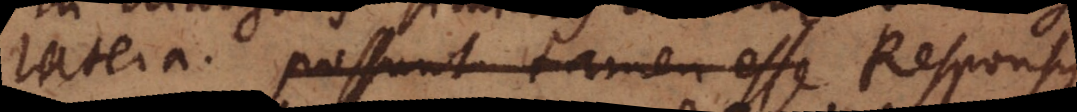
latera possunt tamen essse. Responsus